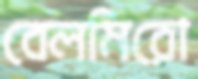
বেলমিরো